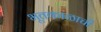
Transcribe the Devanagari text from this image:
भूतकाळाची